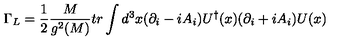
\Gamma _ { L } = { \frac { 1 } { 2 } } { \frac { M } { g ^ { 2 } ( M ) } } t r \int d ^ { 3 } x ( \partial _ { i } - i A _ { i } ) U ^ { \dagger } ( x ) ( \partial _ { i } + i A _ { i } ) U ( x )